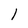
Character: l